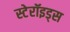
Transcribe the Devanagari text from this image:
स्टेरॉइड्स